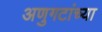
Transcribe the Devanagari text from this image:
अणुगटांच्या